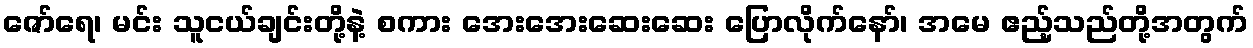
ဇော်ရေ၊ မင်း သူငယ်ချင်းတို့နဲ့ စကား အေးအေးဆေးဆေး ပြောလိုက်နော်၊ အမေ ဧည့်သည်တို့အတွက်